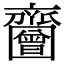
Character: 𪗐